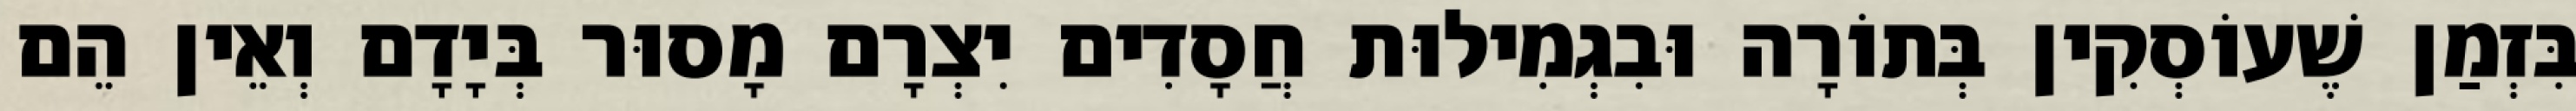
בִּזְמַן שֶׁעוֹסְקִין בְּתוֹרָה וּבִגְמִילוּת חֲסָדִים יִצְרָם מָסוּר בְּיָדָם וְאֵין הֵם